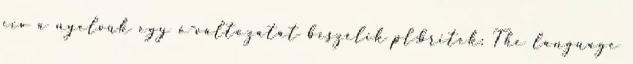
civ a nyelvük egy ó-változatát beszélik pl:britek: The language